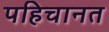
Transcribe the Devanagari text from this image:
पहिचानत